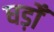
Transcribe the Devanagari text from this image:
घड़ोँ